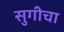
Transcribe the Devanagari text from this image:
सुगीचा